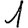
Digit: 1